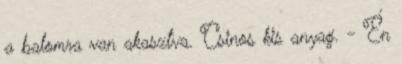
a balomra van akasztva. Csinos kis anyag. - Én